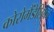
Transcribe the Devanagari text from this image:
कोरोमैंडेलिका